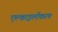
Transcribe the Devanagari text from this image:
एल्काइलीकरण